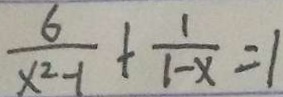
\frac { 6 } { x ^ { 2 } - 1 } + \frac { 1 } { 1 - x } = 1